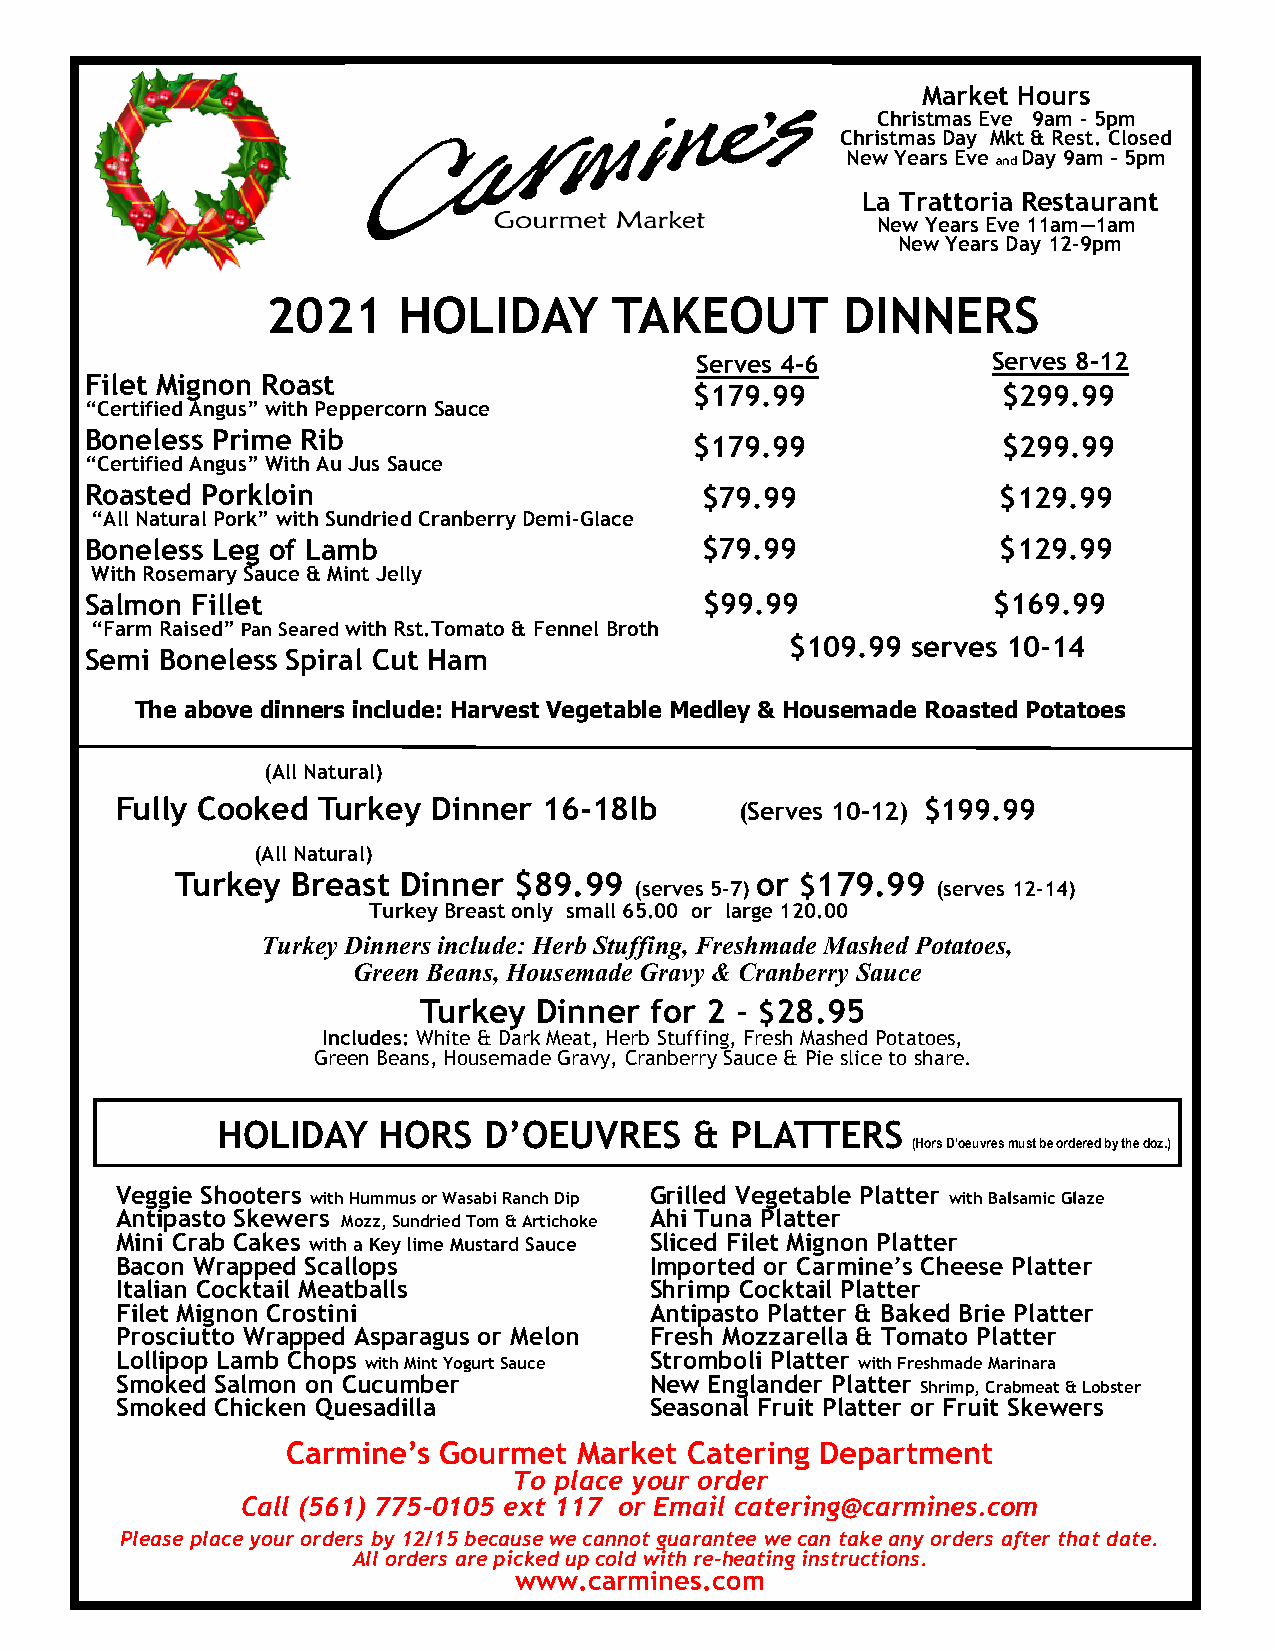
Market Hours
 Christmas Eve 9am - 5pm
 Christmas Day Mkt & Rest. Closed
 New Years Eve Day 9am – 5pm
 and
 La Trattoria Restaurant
 New Years Eve 11am—1am
 New Years Day 12-9pm
 2021    HOLIDAY        TAKEOUT        DINNERS
 Serves 4-6          Serves 8-12
 Filet Mignon Roast
 $179.99             $299.99
 “Certified Angus” with Peppercorn Sauce
 Boneless Prime Rib
 $179.99             $299.99
 “Certified Angus” With Au Jus Sauce
 Roasted Porkloin                        $79.99              $129.99
 “All Natural Pork” with Sundried Cranberry Demi-Glace
 Boneless Leg of Lamb                    $79.99              $129.99
 With Rosemary Sauce & Mint Jelly
 Salmon Fillet                            $99.99             $169.99
 “Farm Raised” Pan Seared with Rst.Tomato & Fennel Broth
 $109.99 serves 10-14
 Semi Boneless Spiral Cut Ham
 The above dinners include: Harvest Vegetable Medley & Housemade Roasted Potatoes
 (All Natural)
 Fully Cooked Turkey  Dinner 16-18lb      (Serves 10-12 ) $199.99
 (All Natural)
 Turkey Breast Dinner  $89.99          or $179.99
 (serves 5-7)        (serves 12-14)
 Turkey Breast only small 65.00 or large 120.00
 Turkey Dinners include: Herb Stuffing, Freshmade Mashed Potatoes,
 Green Beans, Housemade Gravy & Cranberry Sauce
 Turkey  Dinner for 2 - $28.95
 Includes: White & Dark Meat, Herb Stuffing, Fresh Mashed Potatoes,
 Green Beans, Housemade Gravy, Cranberry Sauce & Pie slice to share.
 HOLIDAY    HORS   D’OEUVRES     & PLATTERS
 (Hors D’oeuvres must be ordered by the doz.)
 Veggie Shooters                    Grilled Vegetable Platter
 with Hummus or Wasabi Ranch Dip            with Balsamic Glaze
 Antipasto Skewers                  Ahi Tuna Platter
 Mozz, Sundried Tom & Artichoke
 Mini Crab Cakes with a Key lime Mustard Sauce Sliced Filet Mignon Platter
 Bacon Wrapped Scallops             Imported or Carmine’s Cheese Platter
 Italian Cocktail Meatballs         Shrimp Cocktail Platter
 Filet Mignon Crostini              Antipasto Platter & Baked Brie Platter
 Prosciutto Wrapped Asparagus or Melon Fresh Mozzarella & Tomato Platter
 Lollipop Lamb Chops                Stromboli Platter
 with Mint Yogurt Sauce           with Freshmade Marinara
 Smoked Salmon on Cucumber          New Englander Platter
 Shrimp, Crabmeat & Lobster
 Smoked Chicken Quesadilla          Seasonal Fruit Platter or Fruit Skewers
 Carmine’s Gourmet  Market Catering Department
 To place your order
 Call (561) 775-0105 ext 117 or Email catering@carmines.com
 Please place your orders by 12/15 because we cannot guarantee we can take any orders after that date.
 All orders are picked up cold with re-heating instructions.
 www.carmines.com